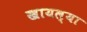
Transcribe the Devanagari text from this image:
खायल्या